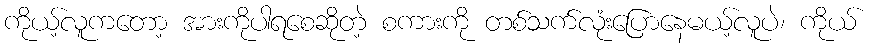
ကိုယ့်လူကတော့ အားကိုပါရစေဆိုတဲ့ စကားကို တစ်သက်လုံးပြောနေမယ့်လူပဲ၊ ကိုယ်